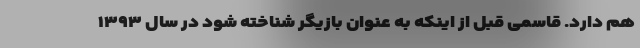
هم دارد. قاسمی قبل از اینکه به عنوان بازیگر شناخته شود در سال ۱۳۹۳